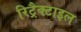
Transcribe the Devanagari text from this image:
रिट्रैक्टाइल